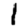
Digit: 1